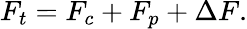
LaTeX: F_{t}=F_{c}+F_{p}+\Delta F.